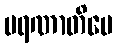
မရဏာတိပေ